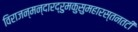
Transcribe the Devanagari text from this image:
विराजन्मन्दारद्रुमकुसुमहारस्तनतटी